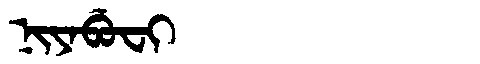
Manchu: ᠨᡳᠶᠠᠪᡠᠸᡳ
Romanization: NIYABUFI